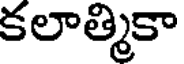
కలాత్మికా